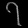
Digit: ၇